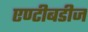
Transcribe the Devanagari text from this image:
एण्टीबडीज